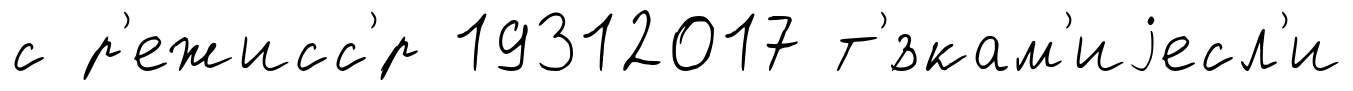
с р'ежисс'́р 19312017 т'́зкам'иjесл'и